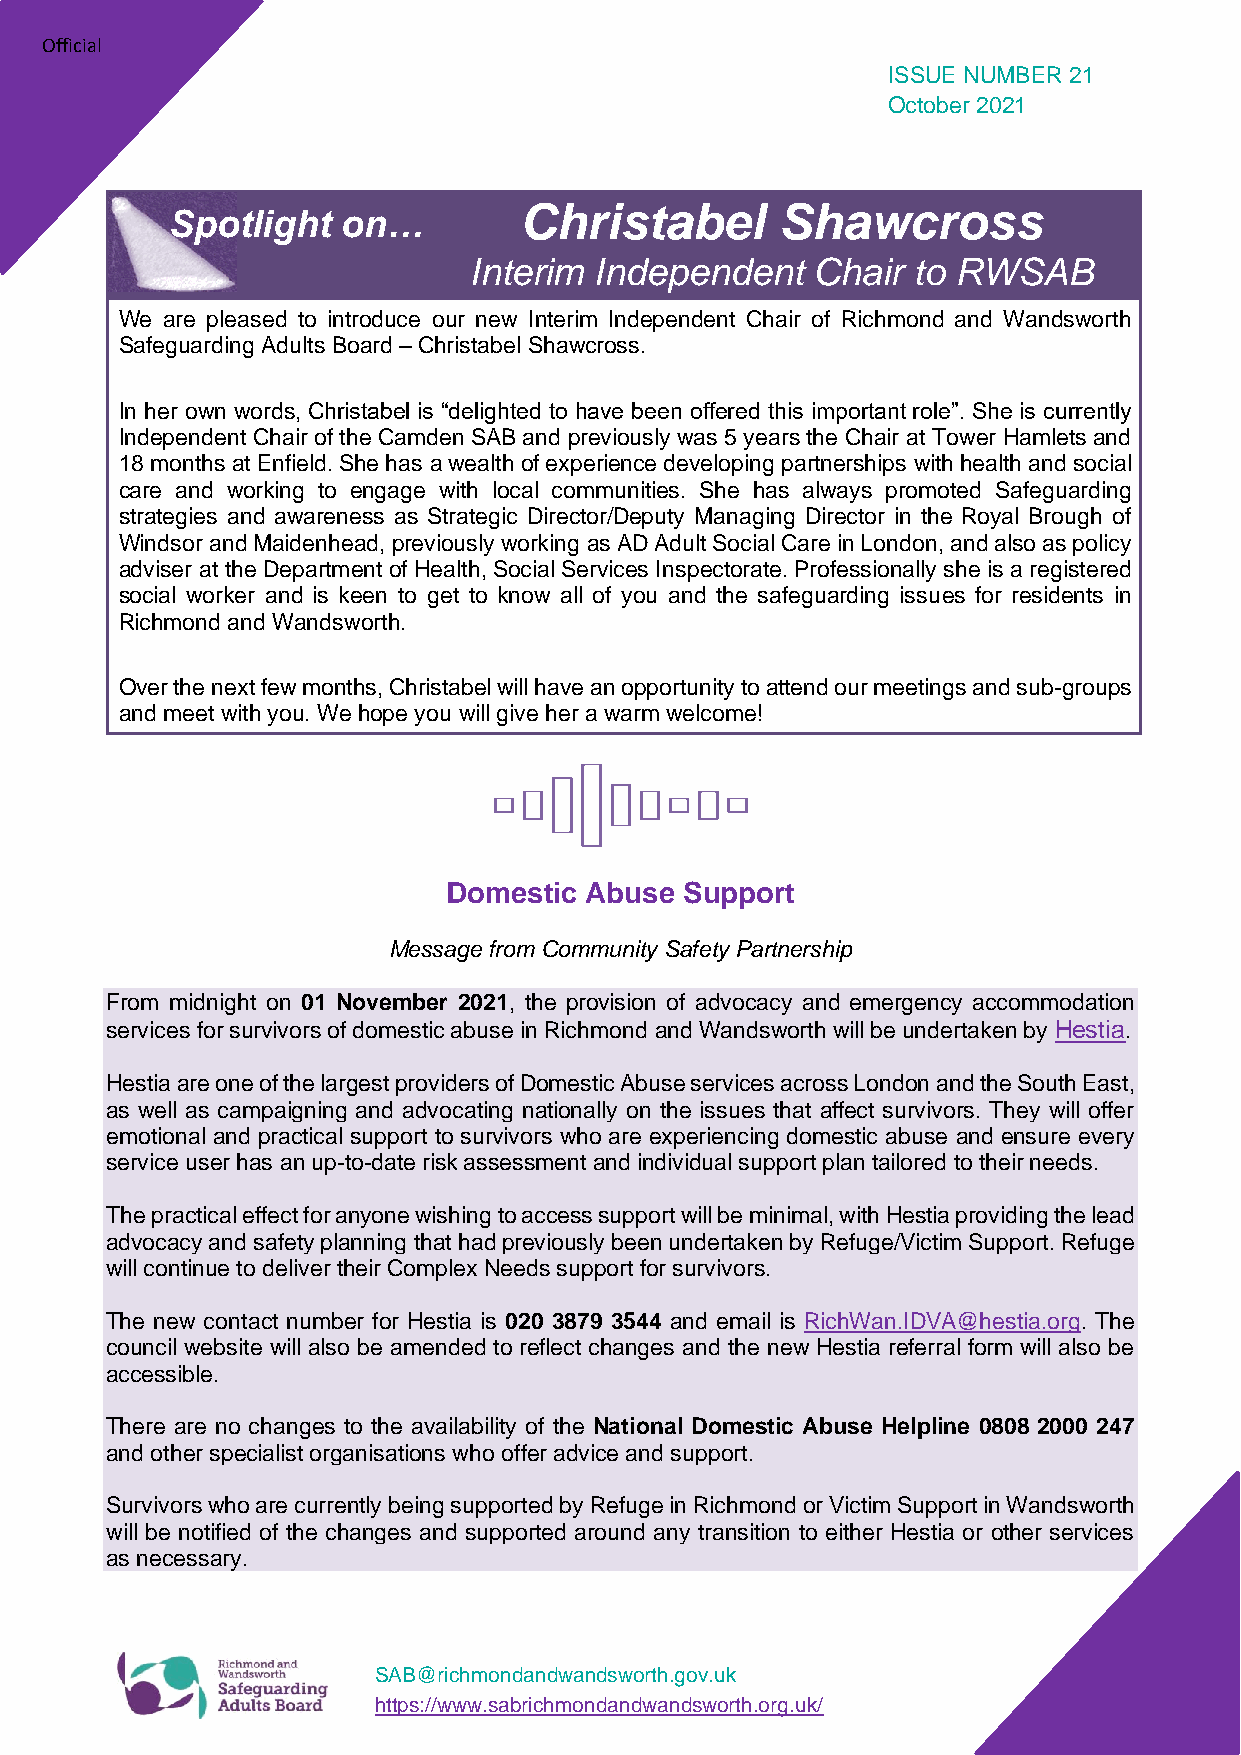
Official
 ISSUE NUMBER 21
 October 2021
 Christabel        Shawcross
 Spotlight   on…
 Interim Independent    Chair to RWSAB
 We are pleased to introduce our new Interim Independent Chair of Richmond and Wandsworth
 Safeguarding Adults Board – Christabel Shawcross.
 In her own words, Christabel is “delighted to have been offered this important role”. She is currently
 Independent Chair of the Camden SAB and previously was 5 years the Chair at Tower Hamlets and
 18 months at Enfield. She has a wealth of experience developing partnerships with health and social
 care and working to engage with local communities. She has always promoted Safeguarding
 strategies and awareness as Strategic Director/Deputy Managing Director in the Royal Brough of
 Windsor and Maidenhead, previously working as AD Adult Social Care in London, and also as policy
 adviser at the Department of Health, Social Services Inspectorate. Professionally she is a registered
 social worker and is keen to get to know all of you and the safeguarding issues for residents in
 Richmond and Wandsworth.
 Over the next few months, Christabel will have an opportunity to attend our meetings and sub-groups
 and meet with you. We hope you will give her a warm welcome!
 Domestic Abuse Support
 Message from Community Safety Partnership
 From midnight on 01 November 2021, the provision of advocacy and emergency accommodation
 services for survivors of domestic abuse in Richmond and Wandsworth will be undertaken by Hestia.
 Hestia are one of the largest providers of Domestic Abuse services across London and the South East,
 as well as campaigning and advocating nationally on the issues that affect survivors. They will offer
 emotional and practical support to survivors who are experiencing domestic abuse and ensure every
 service user has an up-to-date risk assessment and individual support plan tailored to their needs.
 The practical effect for anyone wishing to access support will be minimal, with Hestia providing the lead
 advocacy and safety planning that had previously been undertaken by Refuge/Victim Support. Refuge
 will continue to deliver their Complex Needs support for survivors.
 The new contact number for Hestia is 020 3879 3544 and email is RichWan.IDVA@hestia.org. The
 council website will also be amended to reflect changes and the new Hestia referral form will also be
 accessible.
 There are no changes to the availability of the National Domestic Abuse Helpline 0808 2000 247
 and other specialist organisations who offer advice and support.
 Survivors who are currently being supported by Refuge in Richmond or Victim Support in Wandsworth
 will be notified of the changes and supported around any transition to either Hestia or other services
 as necessary.
 SAB@richmondandwandsworth.gov.uk
 https://www.sabrichmondandwandsworth.org.uk/